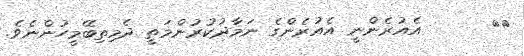
٢٣      އެއުރެންނީ އެއުރެންގެ ނަމާދުކުރުންމަތީ ދެމިތިބޭމީހުންނެވެ.